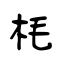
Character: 枆